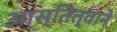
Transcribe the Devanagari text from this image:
आस्तित्वाने